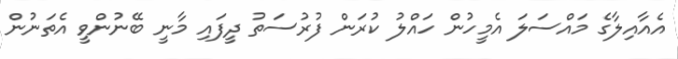
އެއާއިލާގެ މައްސަލަ އެމީހުން ހައްލު ކުރަން ފުރުސަތު ދީފައި މާނީ ބޭނުންވީ އެތަނުން